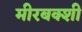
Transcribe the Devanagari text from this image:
मीरबक्शी